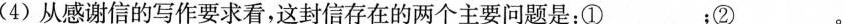
(4)从感谢信的写作要求看，这封信存在的两个主要问题是：① ；②。